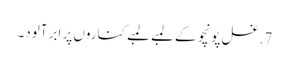
7. غسل پونچو کے لمبے لمبے کناروں پر ابر آلود۔